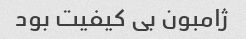
ژامبون بی کیفیت بود